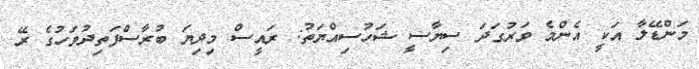
މަންޑޭލާ އަކީ އެންމެ ވަރުގަދަ ސިޔާސީ ޝަހުސިއްޔަތު: ރައީސް މިދިޔަ ބުރާސްފަތިދުވަހުގެ ރޭ